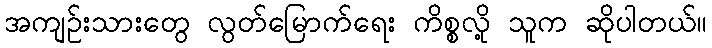
အကျဉ်းသားတွေ လွတ်မြောက်ရေး ကိစ္စလို့ သူက ဆိုပါတယ်။